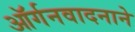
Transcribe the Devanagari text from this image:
ऑर्गनवादनाने